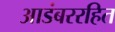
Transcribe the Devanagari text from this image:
आडंबररहित